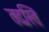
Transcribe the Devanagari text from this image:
तदस्ति